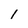
Character: 1